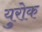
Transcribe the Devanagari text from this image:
युरोक